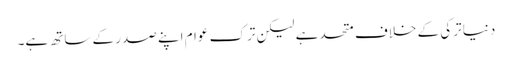
دنیا ترکی کے خلاف متحد ہے لیکن ترک عوام اپنے صدر کے ساتھ ہے۔